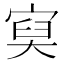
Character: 𡩔